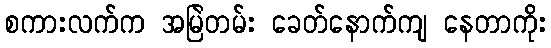
စကားလက်က အမြဲတမ်း ခေတ်နောက်ကျ နေတာကိုး